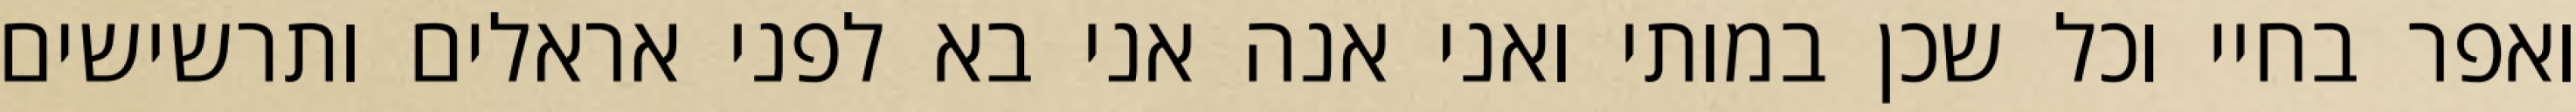
ואפר בחיי וכל שכן במותי ואני אנה אני בא לפני אראלים ותרשישים